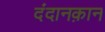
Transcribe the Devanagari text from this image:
दंदानक़ान